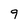
Character: 9